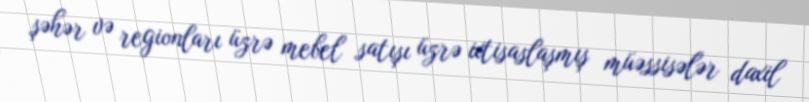
şəhər və regionları üzrə mebel satışı üzrə ixtisaslaşmış müəssisələr daxil